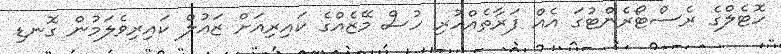
ހޮޓެލްގެ ރެސްޓޯރެންޓުގަ އެއް ފަރާތެއްހުރި ހުސް މޭޒެއްގެ ކައިރިއަށް ޒައުލް ކައިރިވެލަމުން ގޮނޑި